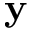
\mathbf { y }